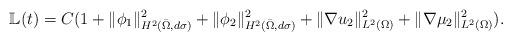
LaTeX: \begin{align*}\mathbb{L}(t)=C(1+\|\phi_1\|_{H^2(\bar{\Omega},d\sigma)}^2+\|\phi_2\|_{H^2(\bar{\Omega},d\sigma)}^2+\|\nabla u_2\|_{L^2(\Omega)}^2+\|\nabla\mu_2\|_{L^2(\Omega)}^2).\end{align*}